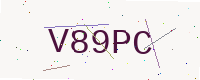
Text: V89PC